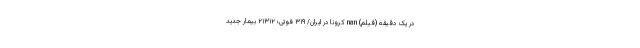
در یک دقیقه (فیلم) nan کرونا در ایران/ ۳۱۹ فوتی؛ ۲۱۳۱۲ بیمار جدید